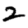
Digit: 2